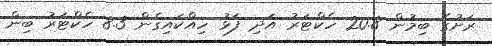
ރަށުގެ ބިމުން 20.8 ހެކްޓަރު އަދި ފަޅު ހިއްކައިގެން 8.3 ހެކްޓަރު ބިން